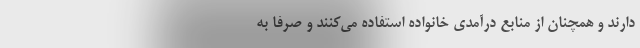
دارند و همچنان از منابع درآمدی خانواده استفاده می‌کنند و صرفا به